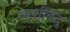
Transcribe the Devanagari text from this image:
स्पर्शबिंदु